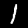
Label: 1